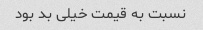
نسبت به قیمت خیلی بد بود